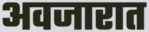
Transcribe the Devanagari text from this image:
अवजारात